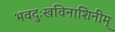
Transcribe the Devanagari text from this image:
भवदुःखविनाशिनीम्